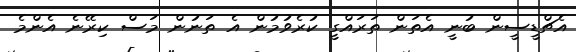
އެޗްޑީސީން ބުނީ އެތަން ތަރައްގީ ކުރެވުމުން އެ ތަނުން މަސް ކިރޭނެ އެންމެ